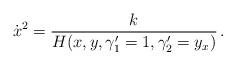
LaTeX: \begin{align*}\dot{x}^2 = \frac{k}{H(x,y,\gamma'_1=1,\gamma'_2=y_x)}\,.\end{align*}